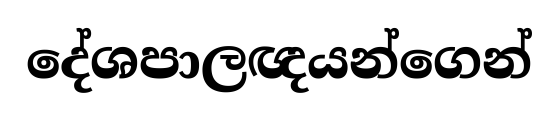
දේශපාලඥයන්ගෙන්